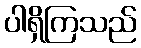
ပါရှိကြသည်